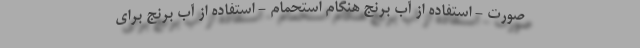
صورت - استفاده از آب برنج هنگام استحمام - استفاده از آب برنج برای